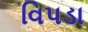
વિપડા